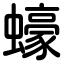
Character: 蠔